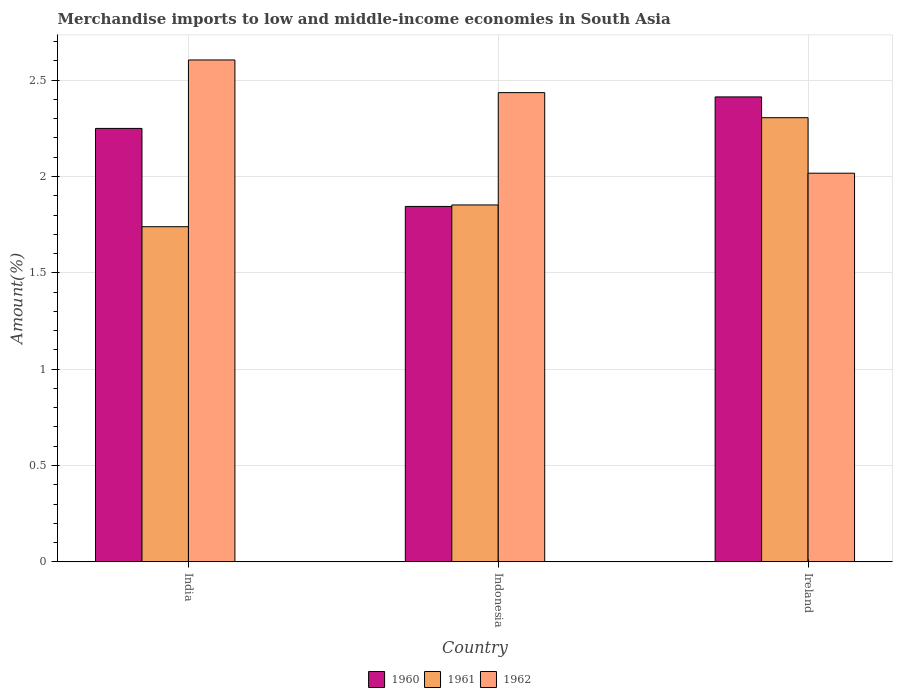
| Country | 1960 | 1961 | 1962 |
 | --- | --- | --- | --- |
 | India | 2.25 | 1.74 | 2.6 |
 | Indonesia | 1.84 | 1.85 | 2.44 |
 | Ireland | 2.41 | 2.31 | 2.02 |